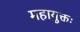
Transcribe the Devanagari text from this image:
महायुक्तः